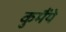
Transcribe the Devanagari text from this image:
कुमैंये